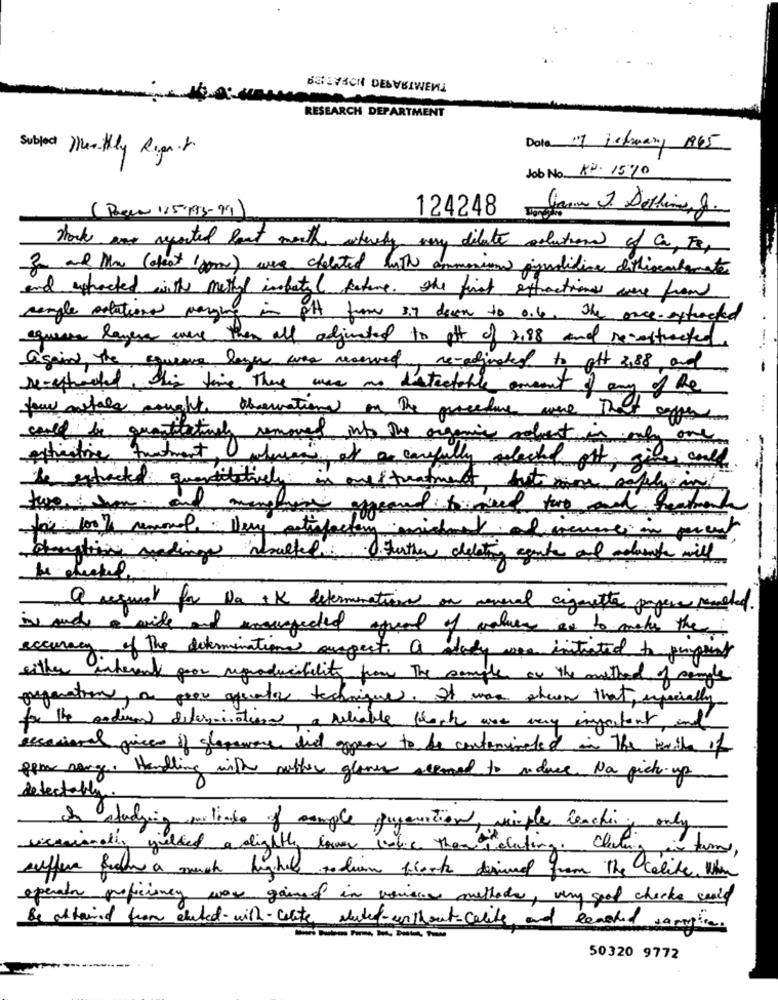
ТИЗМТЯАЧТО МОРАТЬСЯ
RESEARCH DEPARTMENT
Subject Monthly Regn.r
Data 47 jetuary 1965
Job No. KU. 15%0
124248
Janine I Dothine, J.
(Been 125,193-91)
Work are reported last month whereby very dilate solution of a, F3,
3 and Me (aleat (som) were chelated huth ammonium pignolitive difiscalemate
and expected with methyl impacted Refere. the first extractions were from
sangle relations marging in PH from 3.7 down to 0.6. The once-extracted
aqueste layers were then all adjusted to off of 2.88 and reconstructed
Again, the equenue layer was reserved re-adjusted to gott 2,88, and
Derechacted, this time there was an distectobile aument of any of the
fow avtale aought observations on the procedure were that aopen
could be quantitativaly removed into the organic select in only one
effective furtment, whereas at as carefully welacked off, gives conte
be extracted quantitatively
in arestreatment but more sophia
menelaine appeared: foineed too and treatment
fax: 100 % removal.
satisfactory midtmed. alcune in percent
1. further delating agente and admite will
be checked
a request for Na +K determinations on several cigarette pageve reached.
is and a wide and sonsjected agreat of values ar to mehr the
accuracy of the determination suspect. a study was initiated to pinpoint
either inherent goor reproducibility pour the sample on the method of comple
preparation, a poor quanto technique. It was shown that , especially
for the andwent determinationel a reliable plank are very important, and
secasieral prices of glassware did appear to be contaminated in the table of
pem sange. Handling with auther glance accord to reduce Na pick-up
0
detectally.
in studying policie of sample gugaration, simple beachin, only
riccaisoally yielded a slightly lower sobie then relating. claating in tam,
suffer from a much highly to diam flest derived from the celibe. when
operator proficiency was gained in variace methode, very good check would
Be attained from elated- with-cate slutet-without-carit and Reached vampire.
50320 9772